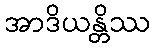
အာဒိယန္တိဿ